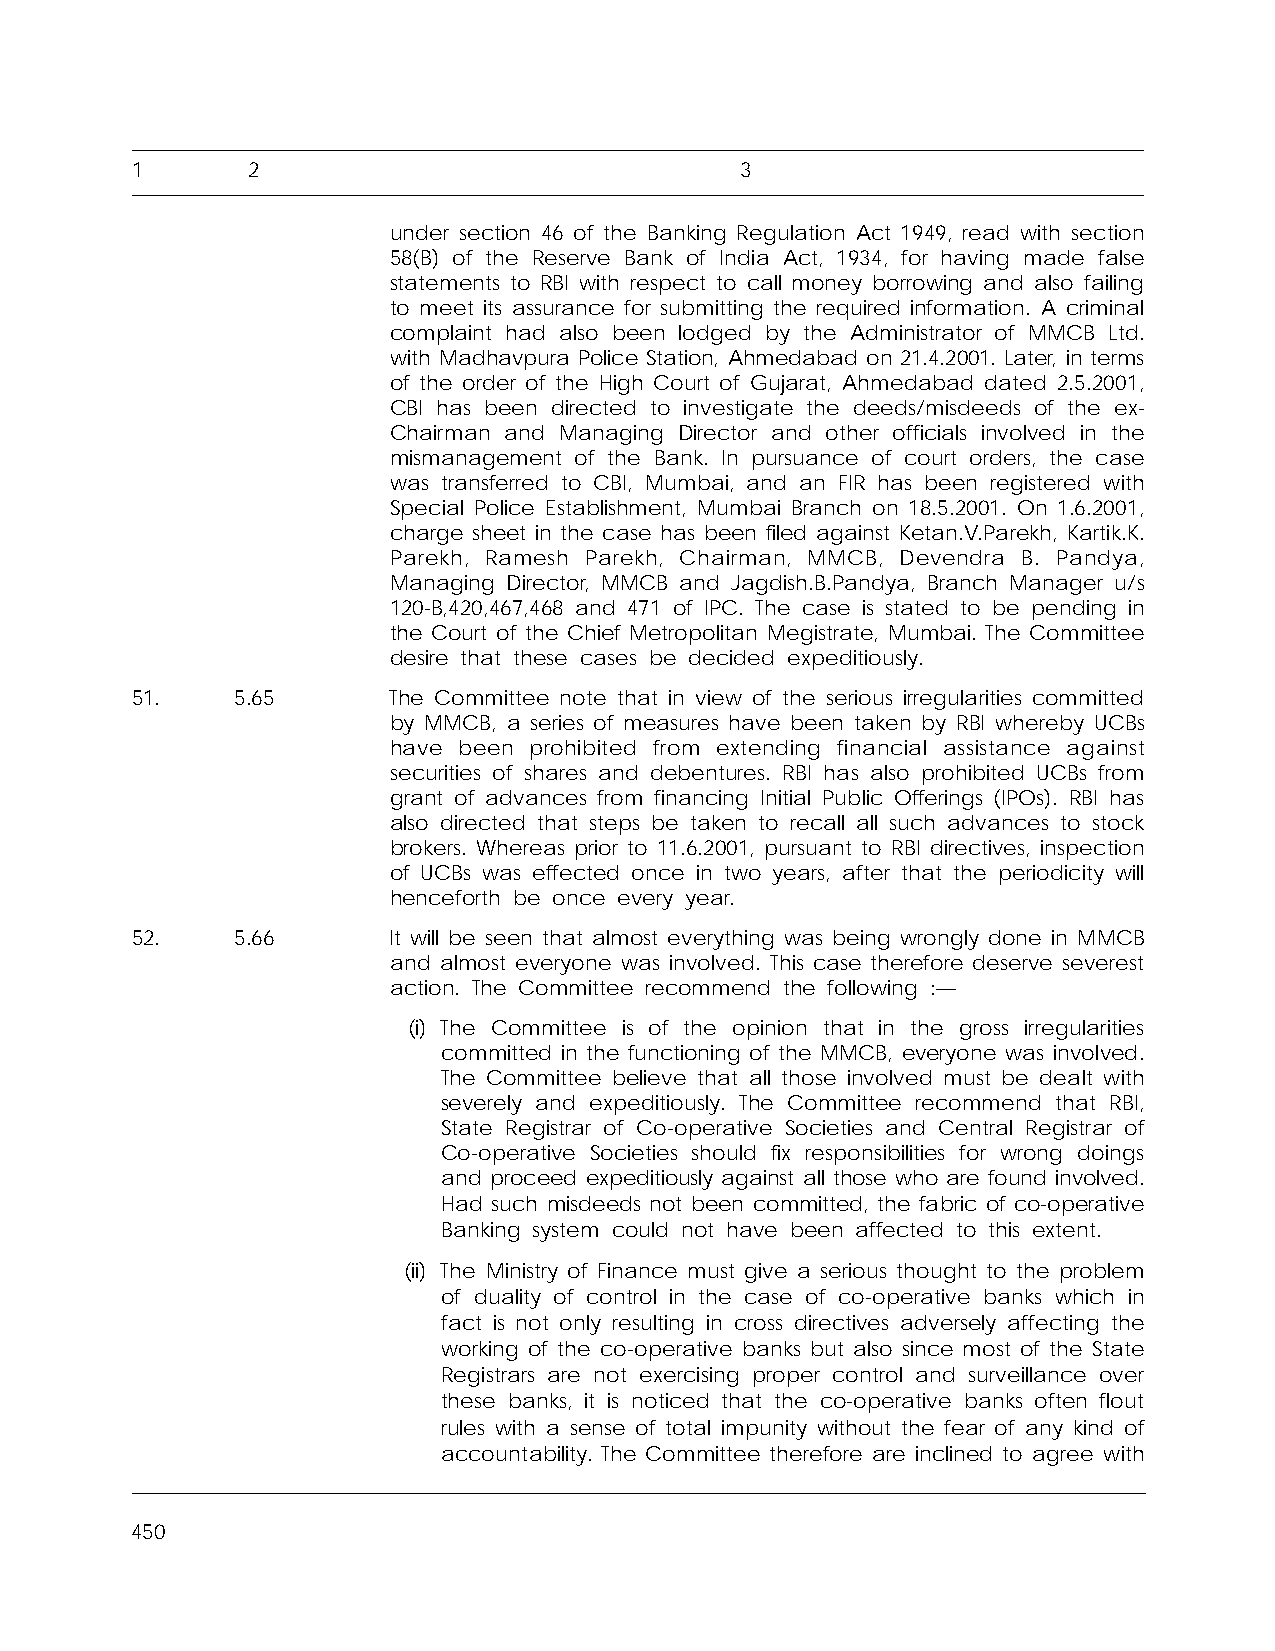
1      2                                3
 under section 46 of the Banking Regulation Act 1949, read with section
 58(B) of the Reserve Bank of India Act, 1934, for having made false
 statements to RBI with respect to call money borrowing and also failing
 to meet its assurance for submitting the required information. A criminal
 complaint had also been lodged by the Administrator of MMCB Ltd.
 with Madhavpura Police Station, Ahmedabad on 21.4.2001. Later, in terms
 of the order of the High Court of Gujarat, Ahmedabad dated 2.5.2001,
 CBI has been directed to investigate the deeds/misdeeds of the ex-
 Chairman and Managing Director and other officials involved in the
 mismanagement of the Bank. In pursuance of court orders, the case
 was transferred to CBI, Mumbai, and an FIR has been registered with
 Special Police Establishment, Mumbai Branch on 18.5.2001. On 1.6.2001,
 charge sheet in the case has been filed against Ketan.V.Parekh, Kartik.K.
 Parekh, Ramesh Parekh, Chairman, MMCB, Devendra B. Pandya,
 Managing Director, MMCB and Jagdish.B.Pandya, Branch Manager u/s
 120-B,420,467,468 and 471 of IPC. The case is stated to be pending in
 the Court of the Chief Metropolitan Megistrate, Mumbai. The Committee
 desire that these cases be decided expeditiously.
 51.    5.65      The Committee note that in view of the serious irregularities committed
 by MMCB, a series of measures have been taken by RBI whereby UCBs
 have been prohibited from extending financial assistance against
 securities of shares and debentures. RBI has also prohibited UCBs from
 grant of advances from financing Initial Public Offerings (IPOs). RBI has
 also directed that steps be taken to recall all such advances to stock
 brokers. Whereas prior to 11.6.2001, pursuant to RBI directives, inspection
 of UCBs was effected once in two years, after that the periodicity will
 henceforth be once every year.
 52.    5.66      It will be seen that almost everything was being wrongly done in MMCB
 and almost everyone was involved. This case therefore deserve severest
 action. The Committee recommend the following :—
 (i) The Committee is of the opinion that in the gross irregularities
 committed in the functioning of the MMCB, everyone was involved.
 The Committee believe that all those involved must be dealt with
 severely and expeditiously. The Committee recommend that RBI,
 State Registrar of Co-operative Societies and Central Registrar of
 Co-operative Societies should fix responsibilities for wrong doings
 and proceed expeditiously against all those who are found involved.
 Had such misdeeds not been committed, the fabric of co-operative
 Banking system could not have been affected to this extent.
 (ii) The Ministry of Finance must give a serious thought to the problem
 of duality of control in the case of co-operative banks which in
 fact is not only resulting in cross directives adversely affecting the
 working of the co-operative banks but also since most of the State
 Registrars are not exercising proper control and surveillance over
 these banks, it is noticed that the co-operative banks often flout
 rules with a sense of total impunity without the fear of any kind of
 accountability. The Committee therefore are inclined to agree with
 450